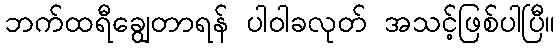
ဘက်ထရီချွေတာရန် ပါဝါခလုတ် အသင့်ဖြစ်ပါပြီ။